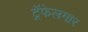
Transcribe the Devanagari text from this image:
ट्रॅफेलगार